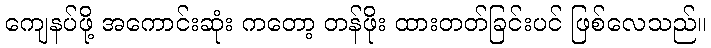
ကျေနပ်ဖို့ အကောင်းဆုံး ကတော့ တန်ဖိုး ထားတတ်ခြင်းပင် ဖြစ်လေသည်။